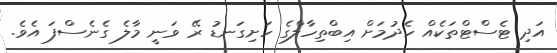
އަދި ޓެސްޓްތަކެއް ހެދުމަށް އިބްތިހާލްގެ ހަށިގަނޑު ރޭ ވަނީ މާލެ ގެނެސްފަ އެވެ.